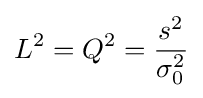
L^{2}=Q^{2}={\frac {s^{2}}{\sigma _{0}^{2}}}